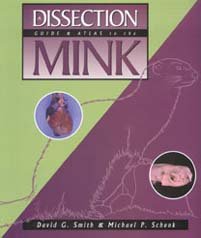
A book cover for Dissection Guide and Atlas to the Mink; David G. Smith; Science & Math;